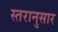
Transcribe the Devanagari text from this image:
स्तरानुसार